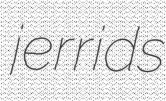
jerrids